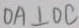
O A \bot D C